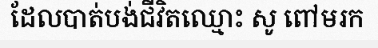
ដែលបាត់បង់ជីវិតឈ្មោះ សូ ពៅមរក